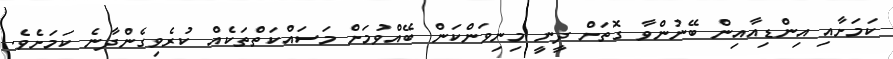
ކަމަށާއި އިންޑިއާއިން ބޭނުންވާ ގޮތަށް ދީނީ މިނިވަންކަން ބޭއްވުމަށް މަސައްކަތްތަކެއް ކުރެވިގެންދާނެ ކަމަށެވެ.